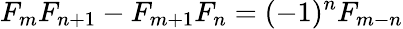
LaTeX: F_{m}F_{n+1}-F_{m+1}F_{n}=(-1)^{n}F_{m-n}